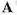
A